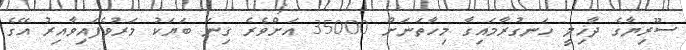
ސޫރިޔާގެ ދާޚިލީ ހަނގުރާމައިގާ މިހާތަނަށް 35000 އަށްވެރެ ގިނަ ބަޔަކު މަރުވެފައިވާއިރު އޭގެ